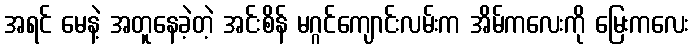
အရင် မေနဲ့ အတူနေခဲ့တဲ့ အင်းစိန် မဂ္ဂင်ကျောင်းလမ်းက အိမ်ကလေးကို မြေးကလေး